Lunatic asylums Central Provinces reports 1910-1926 - 1910-1926
Year: 1910
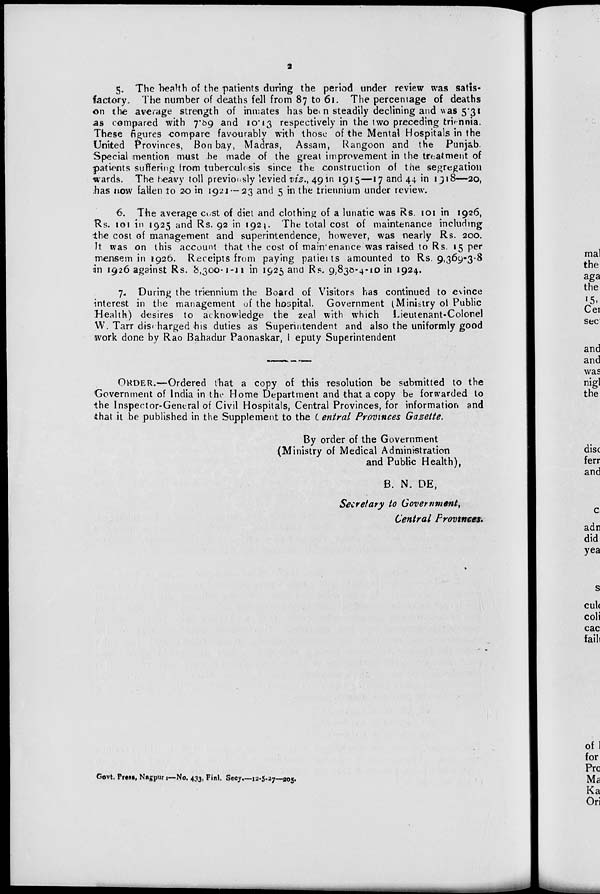
2
5. The health of the patients during the period under review was satis-
factory. The number of deaths fell from 87 to 61. The percentage of deaths
on the average strength of inmates has been steadily declining and was 5.31
as compared with 7.89 and 10.13 respectively in the two preceding triennia.
These figures compare favourably with those of the Mental Hospitals in the
United Provinces, Bon bay, Madras, Assam, Rangoon and the Punjab.
Special mention must be made of the great improvement in the treatment of
patients suffering from tuberculosis since the construction of the segregation
wards. The heavy toll previously levied viz., 49 in 1915—17 and 44 in 1918—20,
has now fallen to 20 in 1921 — 23 and 5 in the triennium under review.
6. The average cost of diet and clothing of a lunatic was Rs. 101 in 1926,
Rs. 101 in 1925 and Rs. 92 in 1924. The total cost of maintenance including
the cost of management and superintendence, however, was nearly Rs. 200.
It was on this account that the cost of maintenance was raised to Rs. 15 per
mensem in 1926. Receipts from paying patients amounted to Rs. 9,369-3-8
in 1926 against Rs. 8,300-1-11 in 1925 and Rs. 9,830-4-10 in 1924.
7. During the triennium the Board of Visitors has continued to evince
interest in the management of the hospital. Government (Ministry of Public
Health) desires to acknowledge the zeal with which Lieutenant-Colonel
W. Tarr discharged his duties as Superintendent and also the uniformly good
work done by Rao Bahadur Paonaskar, Deputy Superintendent
ORDER.—Ordered that a copy of this resolution be submitted to the
Government of India in the Home Department and that a copy be forwarded to
the Inspector-General of Civil Hospitals, Central Provinces, for information and
that it be published in the Supplement to the Central Provinces Gazette.
By order of the Government
(Ministry of Medical Administration
and Public Health),
B. N. DE,
Secretary to Government,
Central Provinces.
Govt. Press, Nagpur:—No. 433, Finl. Secy.—12-5-27—205.